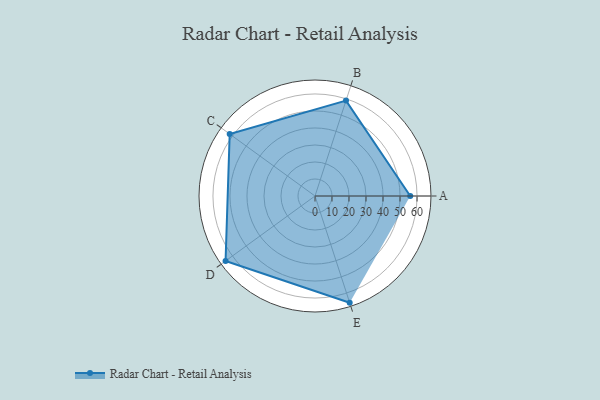
{"axis": {"x": "Skill", "y": "Score"}, "legend": ["Profile"], "data": [{"x": "A", "y": 56.0, "type": "Profile"}, {"x": "B", "y": 59.0, "type": "Profile"}, {"x": "C", "y": 62.0, "type": "Profile"}, {"x": "D", "y": 65.0, "type": "Profile"}, {"x": "E", "y": 66.0, "type": "Profile"}]}